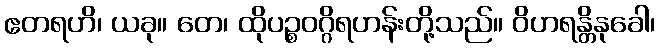
ဧတရဟိ၊ ယခု။ တေ၊ ထိုပဉ္စဝဂ္ဂိရဟန်းတို့သည်။ ဝိဟရန္တိနုခေါ၊